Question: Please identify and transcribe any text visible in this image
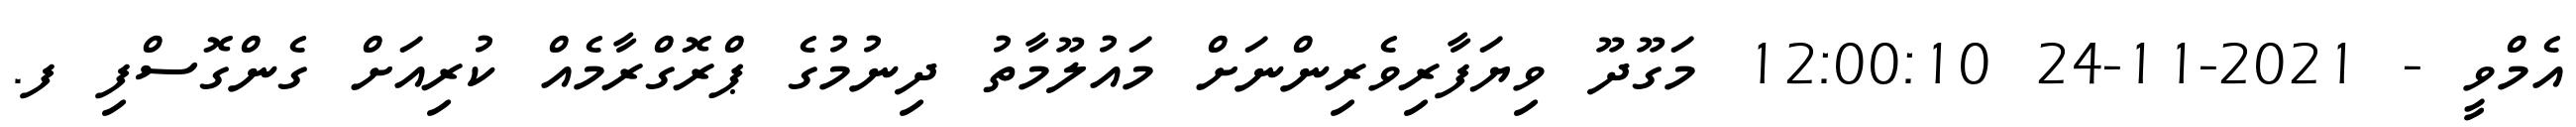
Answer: އެމްވީ - 2021-11-24 12:00:10 މަގޫދޫ ވިޔަފާރިވެރިންނަށް މައުލޫމާތު ދިނުމުގެ ޕްރޮގްރާމެއް ކުރިއަށް ގެންގޮސްފި ފ.